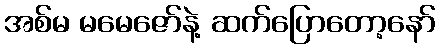
အစ်မ မမေဇော်နဲ့ ဆက်ပြောတော့နော်